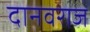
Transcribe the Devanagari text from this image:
दानवराज